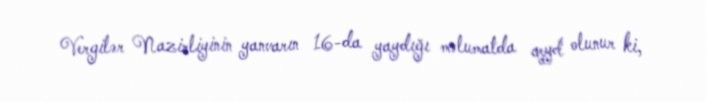
Vergilər Nazirliyinin yanvarın 16-da yaydığı məlumatda qeyd olunur ki,